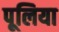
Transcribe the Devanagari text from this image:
पूलिया